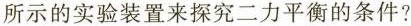
所示的实验装置来探究二力平衡的条件?